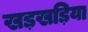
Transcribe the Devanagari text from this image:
खड़खड़िया